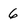
Character: 6